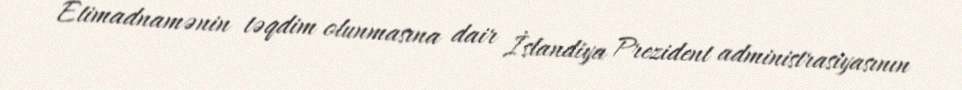
Etimadnamənin təqdim olunmasına dair İslandiya Prezident administrasiyasının